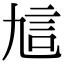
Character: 訄